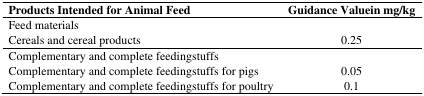
| Products Intended for Animal Feed | Guidance Valuein mg/kg |
 | --- | --- |
 | Feed materials |  |
 | Cereals and cereal products | 0.25 |
 | Complementary and complete feedingstuffs |  |
 | Complementary and complete feedingstuffs for pigs | 0.05 |
 | Complementary and complete feedingstuffs for poultry | 0.1 |